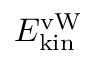
E _ { \mathrm { k i n } } ^ { \mathrm { v W } }